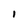
Character: I